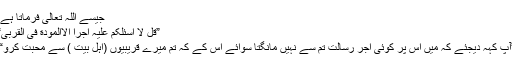
جیسے اللہ تعالیٰ فرماتا ہے:
”قُلْ لَا اَسْئَلُکُمْ عَلَیْہِ اَجْراً اِلَّاالْمَوَدَّةَ فِی الْقُرْبٰی“
”آپ کہہ دیجئے کہ میں اس پر کوئی اجر ِرسالت تم سے نہیں مانگتا سوائے اس کے کہ تم میرے قریبیوں (اہلِ بیت ) سے محبت کرو“۔